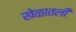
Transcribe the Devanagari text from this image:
खेळातली